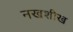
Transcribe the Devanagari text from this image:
नखशीख